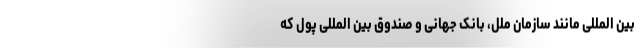
بین المللی مانند سازمان ملل، بانک جهانی و صندوق بین المللی پول که